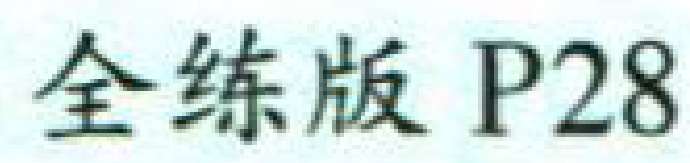
全练版 P28